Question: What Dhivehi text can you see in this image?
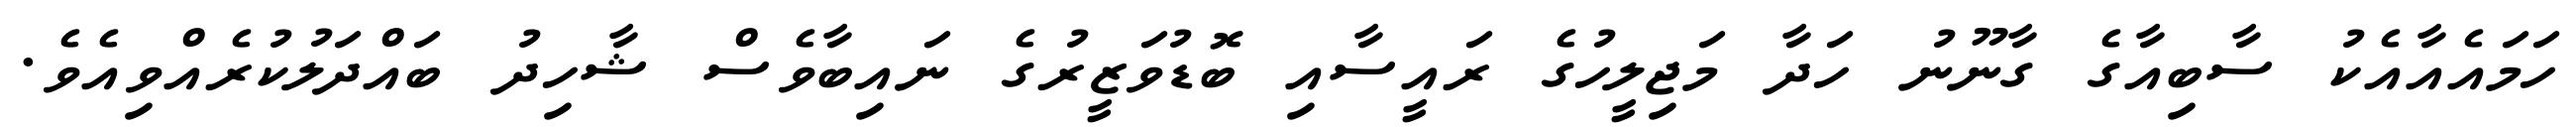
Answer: ހަމައެއާއެކު ސާބިއާގެ ގާނޫނު ހަދާ މަޖިލީހުގެ ރައީސާއި ބޮޑުވަޒީރުގެ ނައިބާވެސް ޝާހިދު ބައްދަލުކުރެއްވިއެވެ.